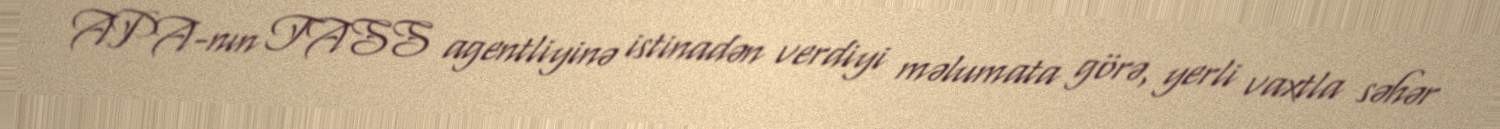
APA-nın TASS agentliyinə istinadən verdiyi məlumata görə, yerli vaxtla səhər